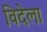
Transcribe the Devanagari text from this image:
विदेला